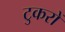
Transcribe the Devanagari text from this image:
टुकरों